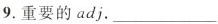
9.重要的adj.___